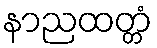
နာညထတ္တံ